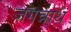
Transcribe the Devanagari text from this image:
जगन्नाथं